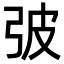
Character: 㢰